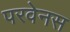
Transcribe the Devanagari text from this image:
परवेनस